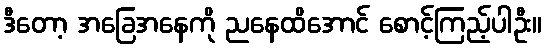
ဒီတော့ အခြေအနေကို ညနေထိအောင် စောင့်ကြည့်ပါဦး။